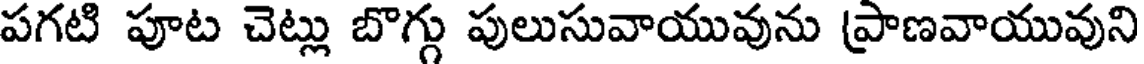
పగటి పూట చెట్లు బొగ్గు పులుసువాయువును ప్రాణవాయువుని